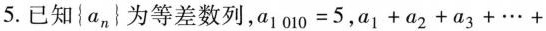
5.已知 {a_{n} 为等差数列，$$a _ { 1 0 1 0 } = 5$$ ， $$a _ { 1 } + a _ { 2 } + a _ { 3 } + \cdots +